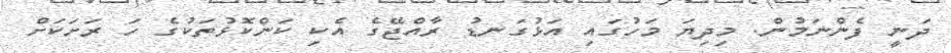
ދަނީ ފެންނަމުން. މިދިޔަ މަހުގައި އަޅުގަނޑު ރާއްޖޭގެ އެކި ކަންކޮޅުތަކުގެ ހަ ރަށަކަށް